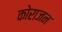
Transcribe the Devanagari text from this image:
कोराजन